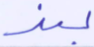
بند